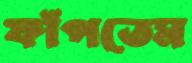
ফাঁপতেম